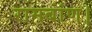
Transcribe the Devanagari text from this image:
रामबांण।